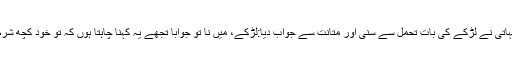
بوڑھے دیہاتی نے لڑکے کی بات تحمل سے سنی اور متانت سے جواب دیا:لڑکے، میں نا تو جوابا تجھے یہ کہنا چاہتا ہوں کہ تو خود کچھ شرم و حیاکر۔